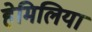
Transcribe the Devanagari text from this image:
हेमिलिया